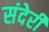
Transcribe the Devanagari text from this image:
संदेरी